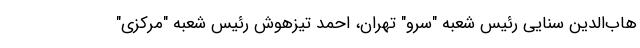
هاب‌الدین سنایی رئیس شعبه "سرو" تهران، احمد تیزهوش رئیس شعبه "مرکزی"